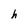
Character: h